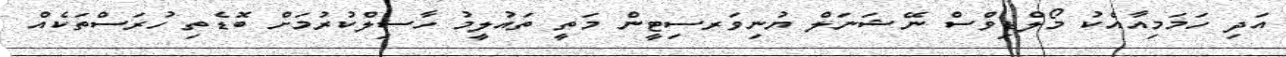
އަދި ހަމަމިއާއެކު މޯލްޑިވްސް ނޭޝަނަލް ޔުނިވަރސިިޓީން މަތީ ތައުލީމު ހާސިލްކުރުމަށް ބޮޑެތި ހުރަސްތަކެއް